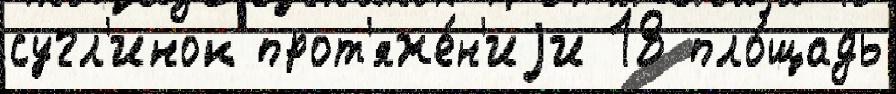
сугл'инок прот'яже́н'иjи 18 пло́щадь